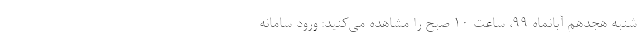
شنبه هجدهم آبانماه ۹۹، ساعت ۱۰ صبح را مشاهده می‌کنید: ورود سامانه